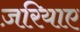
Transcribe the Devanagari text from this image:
ज़रियाए